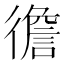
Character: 𢕻